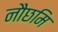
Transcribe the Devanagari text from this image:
नौछमि